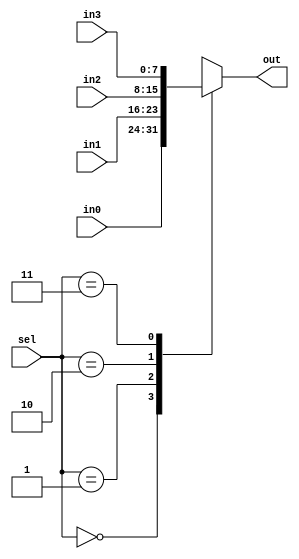
module mux_8 (in0, in1, in2, in3, sel, out); 

input [7:0] in0; 
input [7:0] in1;
input [7:0] in2;
input [7:0] in3; 
input [1:0] sel;
output reg [7:0] out;

	always @(sel or in0 or in1 or in2 or in3)
	begin
		case (sel)
			2'b00  : out <= in0;
			2'b01  : out <= in1;
			2'b10  : out <= in2;
			2'b11  : out <= in3;
			default : out <= 8'bXXXXXXXX; 
		endcase
	end

endmodule